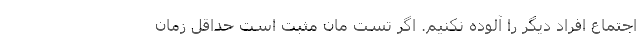
اجتماع افراد دیگر را آلوده نکنیم. اگر تست مان مثبت است حداقل زمان